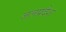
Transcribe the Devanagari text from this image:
जलप्रदेश